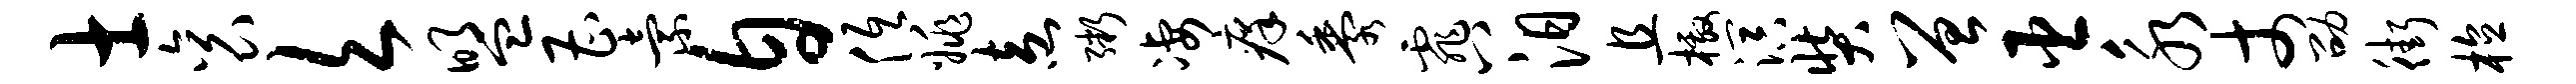
士衮欠盟曹索自低姚盍粥凄痒黍霏八汨且檄溟奘曾臣永丈劭街植